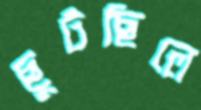
ছুটছিলে